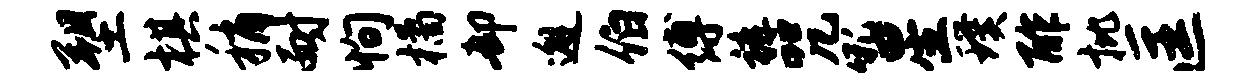
塑棋稍耐恂橘却邂伯缚裤咒吼星璞酢批匡